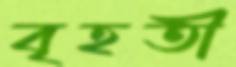
বৃহতী